Indian journal of veterinary science and animal husbandry - Volume 7,
Year: 1937
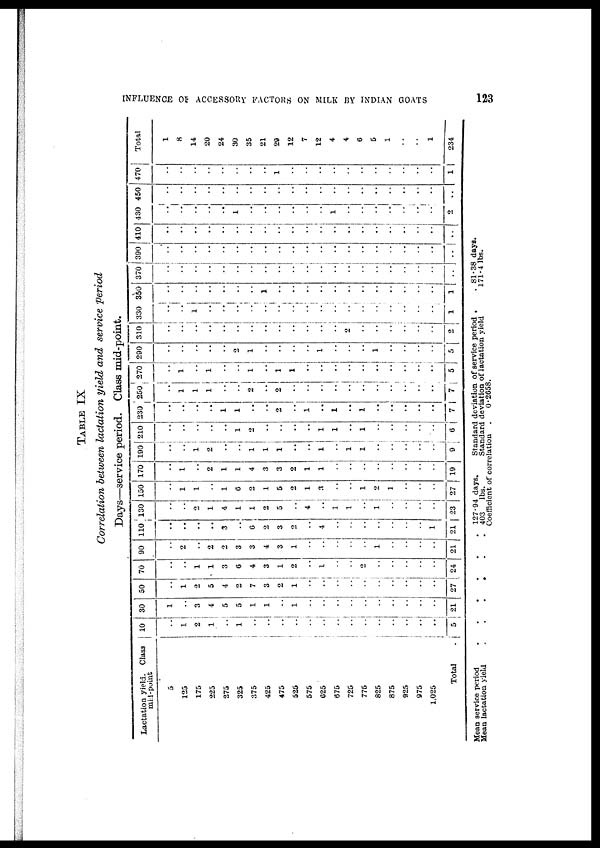
INFLUENCE OF ACCESSORY FACTORS ON MILK BY INDIAN GOATS
123
TABLE IX
Correlation between lactation yield and service period
Days—service period. Class mid-point.
Lactation yield. Class
mid-point
5
125
175
225
275
325
375
425
475
525
575
625
675
725
775
825
875
925
975
1,025
Total
.
10
..
1
2
1
..
1
..
..
..
..
..
..
..
..
..
..
..
..
..
..
5
30
1
..
3
4
5
5
1
1
..
1
..
..
..
..
..
..
..
..
..
..
21
50
..
1
2
5
4
2
7
3
2
1
..
..
..
..
..
..
..
..
..
..
27
70
..
..
1
1
3
6
4
3
1
2
..
1
..
..
2
..
..
..
..
..
24
90
..
2
..
2
2
3
3
4
3
1
..
..
..
..
..
1
..
..
..
..
21
110
..
..
..
..
3
..
6
2
3
2
..
4
..
..
..
..
..
..
..
1
21
130
..
..
2
1
4
1
1
2
5
..
4
..
1
1
..
1
..
..
..
..
23
150
..
1
1
..
1
6
2
1
5
2
1
3
..
..
1
2
1
..
..
..
27
170
..
1
..
2
1
1
4
3
3
2
1
1
..
..
..
..
..
..
..
..
19
190
..
..
1
2
..
..
1
1
1
..
..
1
..
1
1
..
..
..
..
..
9
210
..
..
..
..
..
1
2
..
..
..
..
1
1
..
1
..
..
..
..
..
6
230
..
..
..
..
1
1
..
..
2
..
1
..
1
..
1
..
..
..
..
..
7
250
..
1
1
1
..
..
2
..
2
..
..
..
..
..
..
..
..
..
..
..
7
270
..
1
..
1
..
..
1
..
..
..
..
..
..
..
..
..
..
..
..
..
5
290
..
..
..
..
..
2
1
..
..
..
..
1
..
..
..
1
..
..
..
..
5
310
..
..
..
..
..
..
..
..
..
..
..
..
..
2
..
..
..
..
..
..
2
330
..
..
1
..
..
..
..
..
..
..
..
..
..
..
..
..
..
..
..
..
1
350
..
..
..
..
..
..
..
..
..
..
..
..
..
..
..
..
..
..
..
..
..
370
..
..
..
..
..
..
..
..
..
..
..
..
..
..
..
..
..
..
..
..
..
390
..
..
..
..
..
..
..
..
..
..
..
..
..
..
..
..
..
..
..
..
..
410
..
..
..
..
..
..
..
..
..
..
..
..
..
..
..
..
..
..
..
..
..
430
..
..
..
..
4
1
..
..
..
..
..
..
1
..
..
..
..
..
..
..
2
450
..
..
..
..
..
..
..
..
..
..
..
..
..
..
..
..
..
..
..
..
..
470
..
..
..
..
..
..
..
..
..
..
..
..
..
..
..
..
..
..
..
..
1
Total
1
8
14
20
24
30
35
21
29
12
7
12
4
4
6
5
1
..
..
1
234
Mean service period
.
.
.
.
.
.
Mean lactation yield . . . . . .
127.94 days.
403
lbs.
Standard deviation of service period . .
Standard deviation of lactation yield
Coefficient of correlation .
81.38 days.
171.4 lbs.
0.2658.